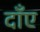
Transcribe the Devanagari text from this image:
दाँए